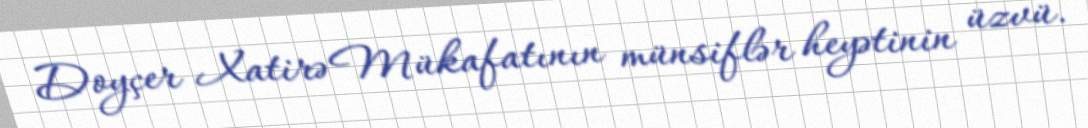
Doyçer Xatirə Mükafatının münsiflər heyətinin üzvü.